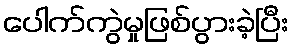
ပေါက်ကွဲမှုဖြစ်ပွားခဲ့ပြီး